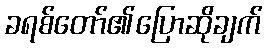
ခရစ်တော်၏ပြောဆိုချက်